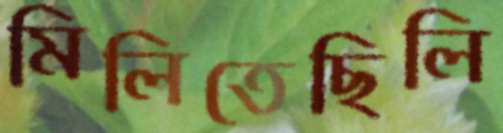
মিলিতেছিলি